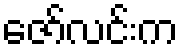
ဇော်လင်းက